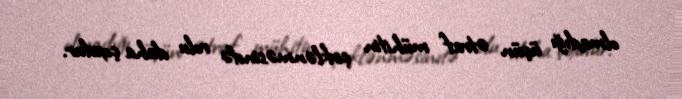
olmadığı üçün ətraf mühitin çirklənməsində rolu daha çoxdur.